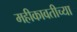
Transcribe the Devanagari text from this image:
महीकावतीच्या